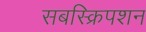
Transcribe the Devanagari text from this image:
सबस्क्रिपशन